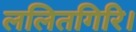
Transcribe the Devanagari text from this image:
ललितगिरि।